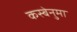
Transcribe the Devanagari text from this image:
कस्बेनुमा